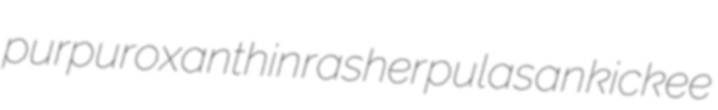
purpuroxanthin rasher pulasan kickee